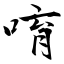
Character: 唷